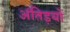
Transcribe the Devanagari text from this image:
अंतिड़यों